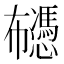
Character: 𰏡